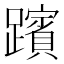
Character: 𮜞